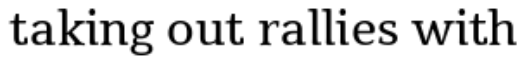
taking out rallies with